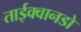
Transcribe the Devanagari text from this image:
ताईक्वानडो